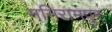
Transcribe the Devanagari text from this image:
मनिरामपुर